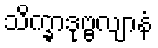
သိက္ခာဒုဗ္ဗလျာနံ